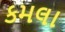
કમલા